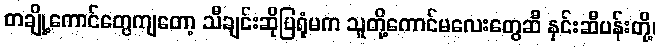
တချို့ကောင်တွေကျတော့ သီချင်းဆိုပြရုံမက သူတို့ကောင်မလေးတွေဆီ နှင်းဆီပန်းတို့၊